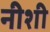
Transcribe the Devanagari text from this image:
नीशी